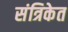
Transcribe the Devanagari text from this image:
संत्रिकेत